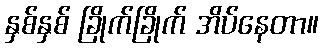
နှစ်နှစ် ခြိုက်ခြိုက် အိပ်နေတာ။